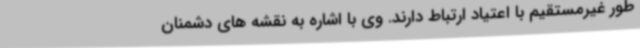
طور غیرمستقیم با اعتیاد ارتباط دارند. وی با اشاره به نقشه های دشمنان